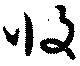
収